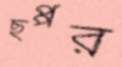
ছপ্পর